Vaccination United Provinces of Agra and Oudh 1914-1922 - 1914-1922
Year: 1914
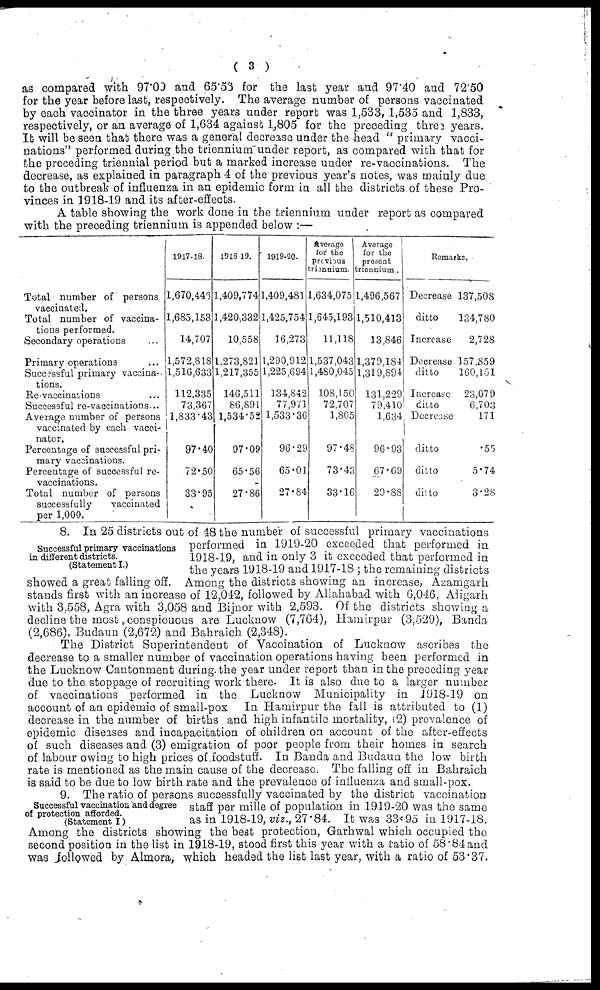
( 3 )
as compared with 97.00 and 65.53 for the last year and 97.40 and 72.50
for the year before last, respectively. The average number of persons vaccinated
by each vaccinator in the three years under report was 1,533, 1,535 and 1,833,
respectively, or an average of 1,634 against 1,805 for the preceding three years.
It will be seen that there was a general decrease under the head "primary vacci-
nations" performed during the triennium under report, as compared with that for
the preceding triennial period but a marked increase under re-vaccinations. The
decrease, as explained in paragraph 4 of the previous year's notes, was mainly due
to the outbreak of influenza in an epidemic form in all the districts of these Pro-
vinces in 1918-19 and its after-effects.
A table showing the work done in the triennium under report as compared
with the preceding triennium is appended below :—
Total number of persons
vaccinated.
Total number of vaccina-
tions performed.
Secondary operations
...
Primary operations
...
Successful primary vaccina-
tions.
Re-vaccinations ...
Successful re-vaccinations ...
Average number of persons
vaccinated by each vacci-
nator.
Percentage of successful pri-
mary vaccinations.
Percentage of successful re-
vaccinations.
Total number of persons
successfully
vaccinated
per 1,000.
1917-18.
1,670,446
1,685,153
14,707
1,572,818
1,516,633
112,335
73,367
1,833.43
97.40
72.50
33.95
1918-19.
1,409,774
1,420,332
10,558
1,273,821
1,217,355
146,511
86,891
1,534.52
97.09
65.56
27.86
1919-20.
1,409,481
1,425,754
16,273
1,290,912
1,225,694
134,842
77,971
1,533.36
96.29
65.01
27.84
Average
for the
previous
triennium.
1,634,075
1,645,193
11,118
1,537,043
1,480,045
108,150
72,707
1,805
97.48
73.43
33.16
Average
for the
present
triennium.
1,496,567
1,510,413
13,846
1,379,184
1,319,894
131,229
79,410
1,634
96.93
67.69
20.88
Remarks.
Decrease 137,508
ditto
134,780
Increase
2,728
Decrease 157,859
ditto
160,151
Increase
23,079
ditto
6,703
Decrease
171
ditto
.55
ditto
5.74
ditto
3.28
Successful primary vaccinations
in different districts.
(Statement I.)
8. In 25 districts out of 48 the number of successful primary vaccinations
performed in 1919-20 exceeded that performed in
1918-19, and in only 3 it exceeded that performed in
the years 1918-19 and 1917-18 ; the remaining districts
showed a great falling off. Among the districts showing an increase, Azamgarh
stands first with an increase of 12,042, followed by Allahabad with 6,046, Aligarh
with 3,558, Agra with 3,058 and Bijnor with 2,593. Of the districts showing a
decline the most conspicuous are Lucknow (7,764), Hamirpur (3,529), Banda
(2,686), Budaun (2,672) and Bahraich (2,348).
The District Superintendent of Vaccination of Lucknow ascribes the
decrease to a smaller number of vaccination operations having been performed in
the Lucknow Cantonment during. the year under report than in the preceding year
due to the stoppage of recruiting work there. It is also due to a larger number
of vaccinations performed in the Lucknow Municipality in 1918-19 on
account of an epidemic of small-pox In Hamirpur the fall is attributed to (1)
decrease in the number of births and high infantile mortality, (2) prevalence of
epidemic diseases and incapacitation of children on account of the after-effects
of such diseases and (3) emigration of poor people from their homes in search
of labour owing to high prices of foodstuff. In Banda and Budaun the low birth
rate is mentioned as the main cause of the decrease. The falling off in Bahraich
is said to be due to low birth rate and the prevalence of influenza and small-pox.
Successful vaccination and degree
of protection afforded.
(Statement I)
9. The ratio of persons successfully vaccinated by the district vaccination
staff per mille of population in 1919-20 was the same
as in 1918-19, viz., 27.84. It was 33.95 in 1917-18.
Among the districts showing the best protection, Garhwal which occupied the
second position in the list in 1918-19, stood first this year with a ratio of 58.84 and
was followed by Almora, which headed the list last year, with a ratio of 53.37.